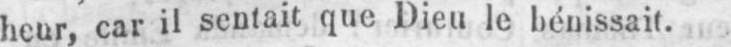
heur, car il sentait que Dieu le bénissait.